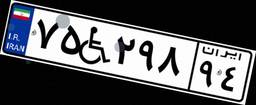
۷۵W۲۹۸۹۴